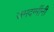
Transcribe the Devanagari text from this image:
जमदग्मींनी